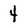
Character: 4